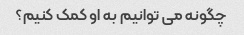
چگونه می توانیم به او کمک کنیم؟